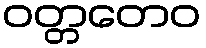
ဝတ္တတေဝ